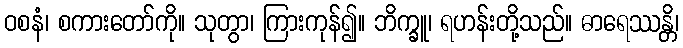
ဝစနံ၊ စကားတော်ကို။ သုတွာ၊ ကြားကုန်၍။ ဘိက္ခူ၊ ရဟန်းတို့သည်။ ဓာရေဿန္တိ၊